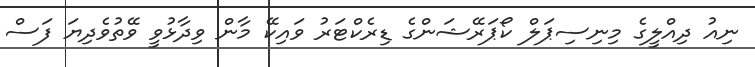
ނިއު ދިއްލީގެ މިނިސިޕަލް ކޯޕަރޭޝަންގެ ޑިރެކްޓަރު ވައިކޭ މާން ވިދާޅުވީ ވޭތުވެދިޔަ ފަސް